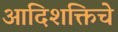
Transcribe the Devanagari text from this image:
आदिशक्तिचे